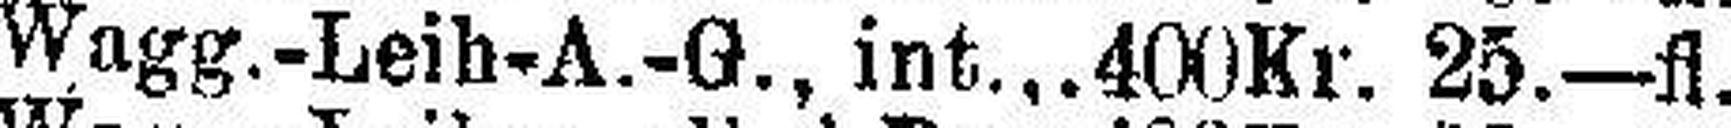
Wagg.-Leih-A.-G., int.,. 400Kr. 25.—fl.